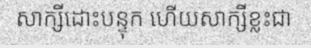
សាក្សីដោះបន្ទុក ហើយសាក្សីខ្លះជា